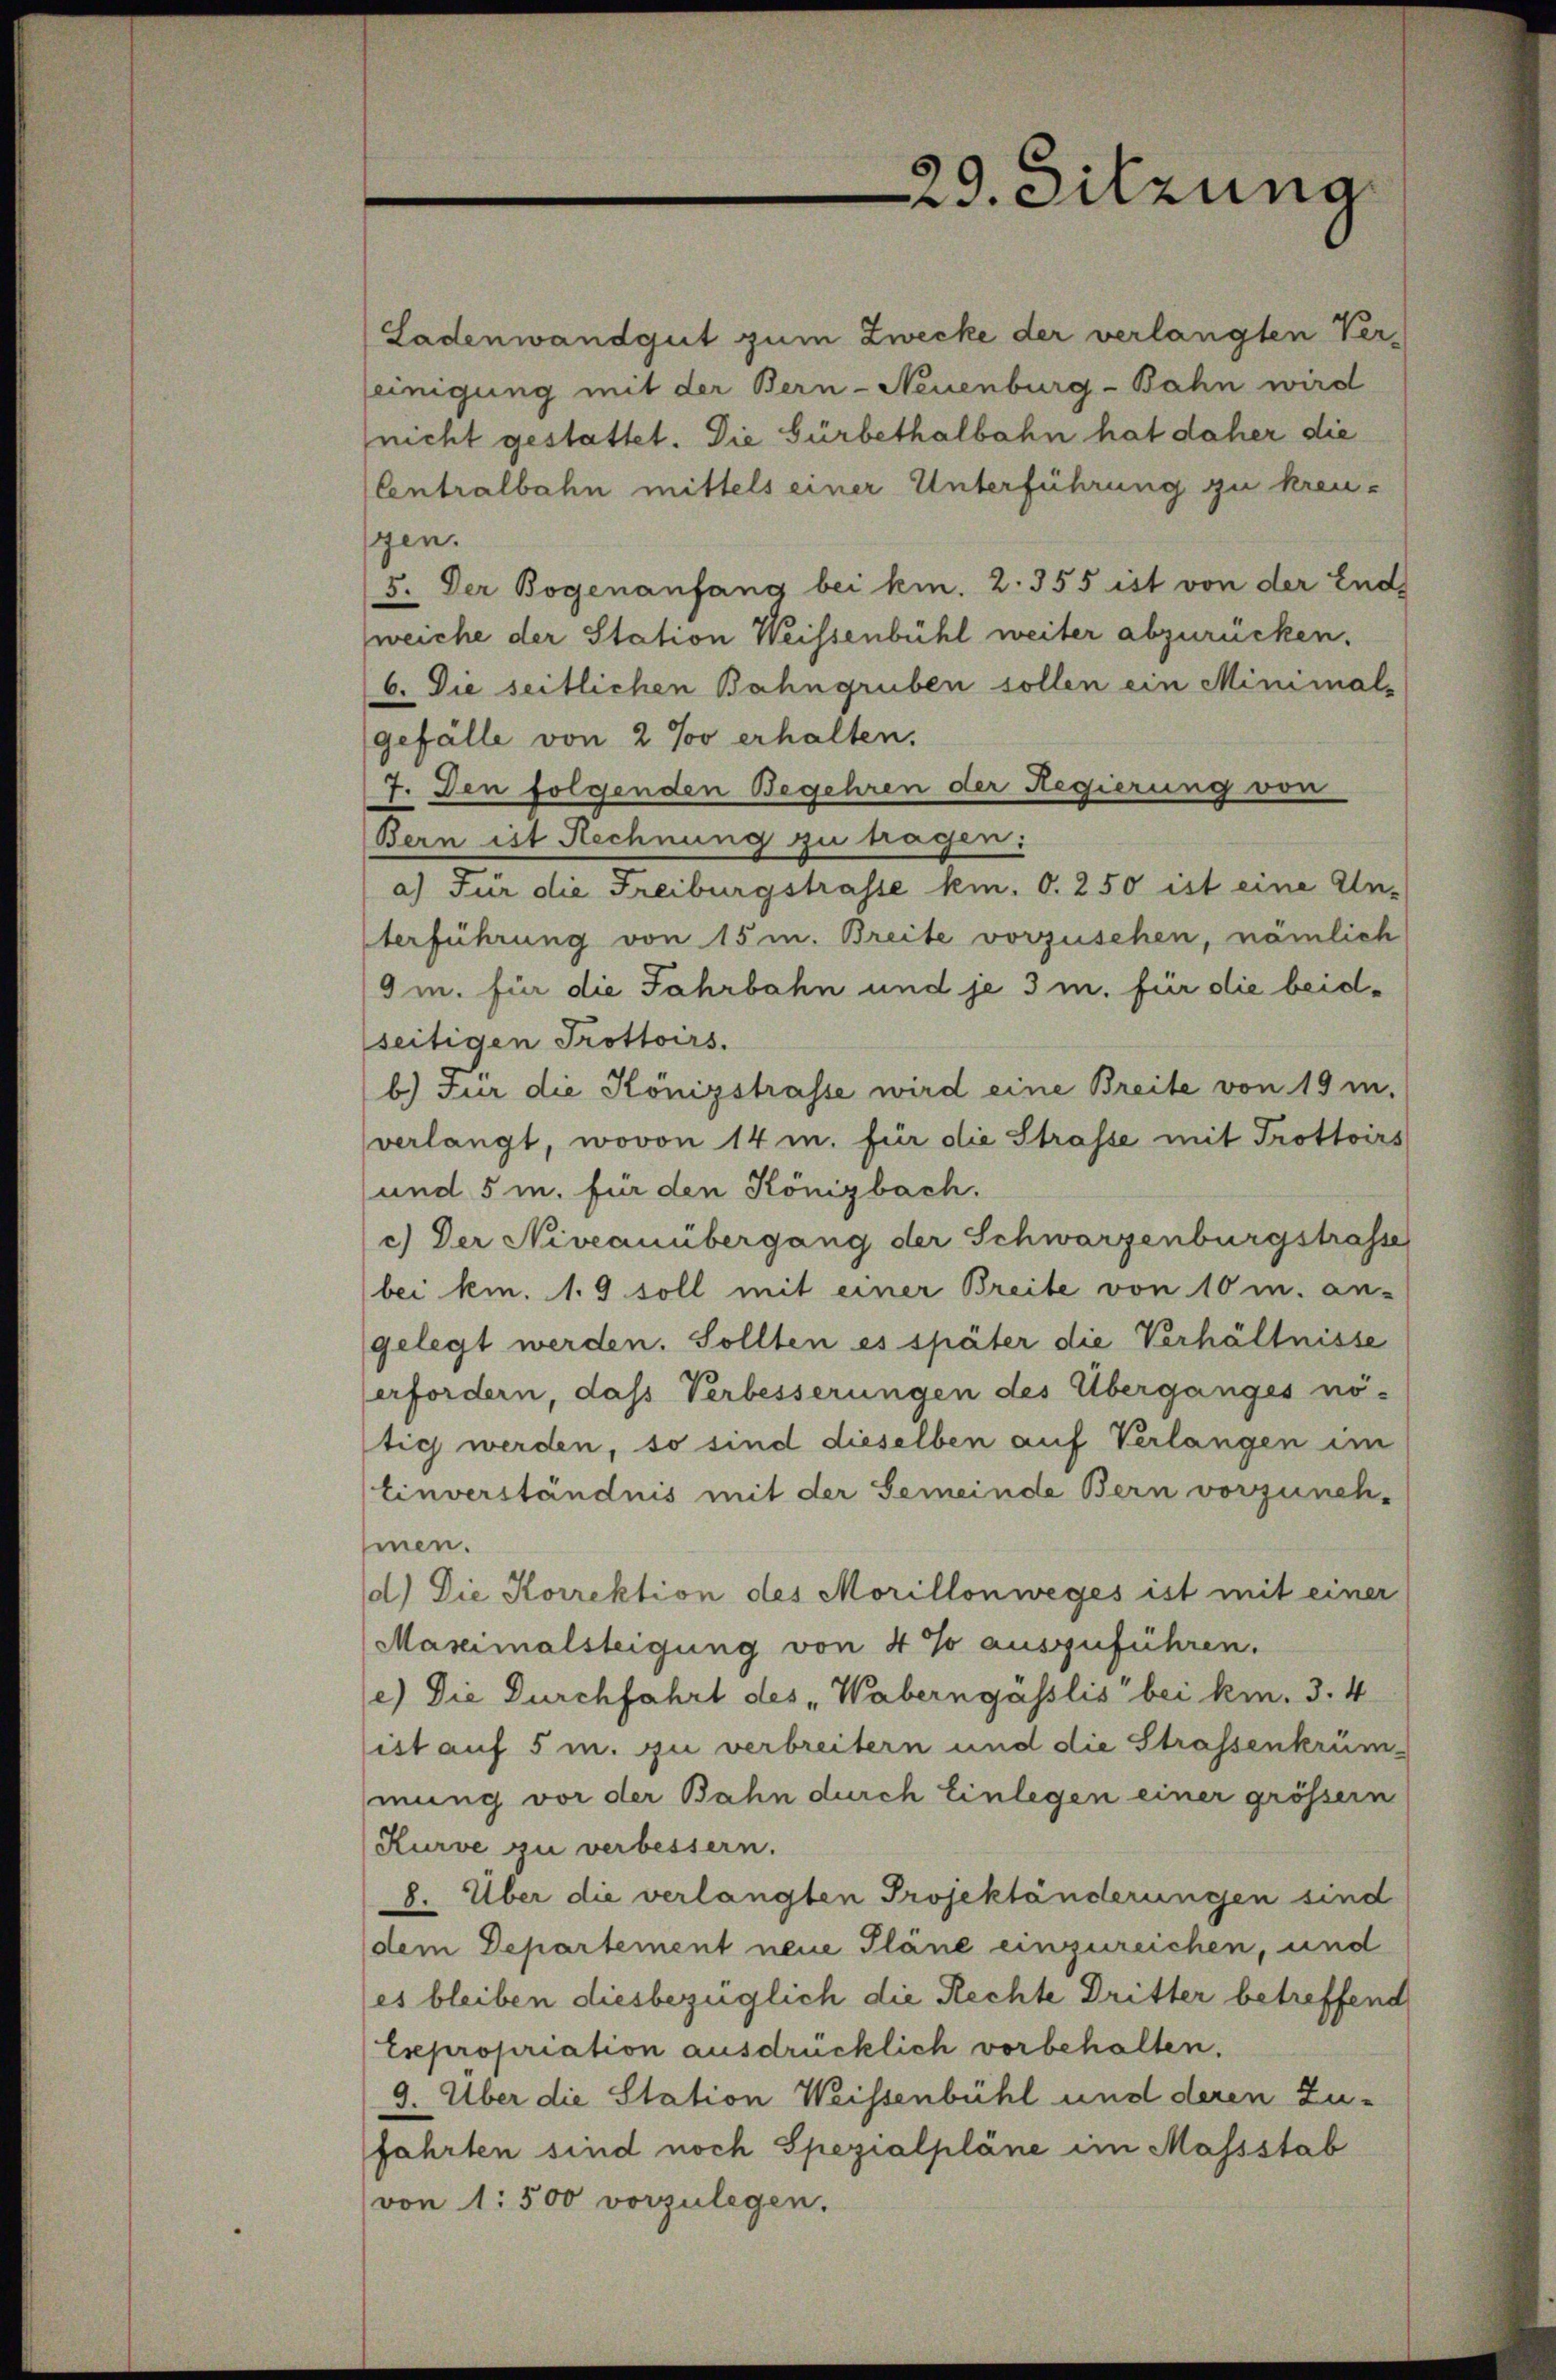
(Ladenwandgut zum Zwecke der verlangten Verseinigung mit der Bern-Neuenburg-Bahn wird
(nicht gestattet. Die Gürbethalbahn hat daher die
Centralbahn mittels einer Unterführung zu kreugen.
5. Der Bogenanfang bei kn. 2. 355 ist von der End
weiche der Station Weissenbühl weiter abzurücken.
6. Die seitlichen Bahngruben sollen ein Minimal-
gefälle von 2 % erhalten.
7. Den folgenden Begehren der Regierung von
Bern ist Rechnung zu tragen:
a.) Für die Freiburgstrasse km. 0. 250 ist eine Un-
terführung von 15 m. Breite vorzusehen, nämlich
9m. für die Jahrbahn und je 3 m. für die beidseitigen Trottoirs.
b.) Für die Königstrasse wird eine Breite von 19 m.
verlangt, wovon 14 u. für die Strasse mit Trottoirs
und 5 m. für den Königbach.
c.) Der Niveauübergang der Schwarzenburgstrasse
bei km. 1. 9 soll mit einer Breite von 10 m. an-
gelegt werden. Sollten es später die Verhältnisse
erfordern, das Verbesserungen des Überganges nötig werden, so sind dieselben auf Verlangen im
Einverständnis mit der Gemeinde Bern vorzuneh-
men.
d) Die Korrektion des Morillonweges ist mit einer
Maseimalsteigung von 4 % auszuführen.
e) Die Durchfahrt des „Waberngässlis“ bei kin. 3. 4
ist auf 5 m. zu verbreitern und die Strassenkrümmung vor der Bahn durch Einlegen einer grösser
Kurve zu verbessern.
8. Über die verlangten Projektänderungen sind
(dem Departement neue Pläne einzureichen, und
es bleiben diesbezüglich die Rechte Dritter betreffend
Esepropriation ausdrücklich vorbehalten.
3. Über die Station Weissenbühl und deren Zu-
fahrten sind noch Spezialpläne im Massstab
von 1. 500 vorzulegen.

29. Sitzung